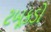
ટબૂકડો